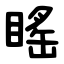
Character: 䁘